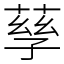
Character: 孶